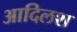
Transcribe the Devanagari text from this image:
आदिलश